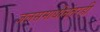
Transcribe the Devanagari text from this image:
जलसमाधीनंतरही